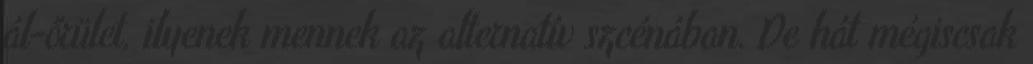
ál-őrület, ilyenek mennek az alternatív szcénában. De hát mégiscsak